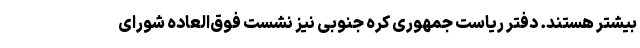
بیشتر هستند. دفتر ریاست جمهوری کره جنوبی نیز نشست فوق‌العاده‌ شورای